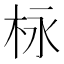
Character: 栐